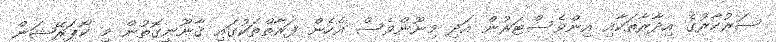
ސަރުކާރުގެ އިދާރާތަކާއި އިންވެސްޓަރުން އަދި މިނޫންވެސް އެހެން ފަރާތްތަކުގައި ޤާނޫނީގޮތުން މި ކޯޕަރޭޝަން